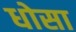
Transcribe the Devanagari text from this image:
धोसा